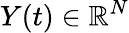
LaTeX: Y(t)\in\mathbb{R}^{N}